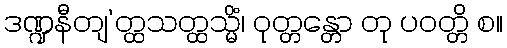
ဒဏ္ဍနီတျ’တ္ထသတ္ထသ္မိံ၊ ဝုတ္တန္တော တု ပဝတ္တိ စ။